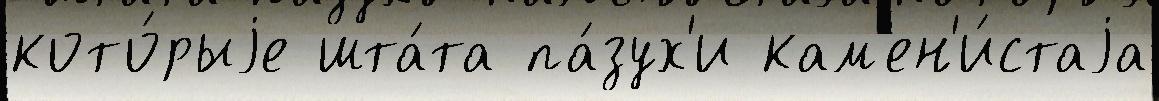
кото́рыjе шта́та па́зух'и кам'ен'и́стаjа